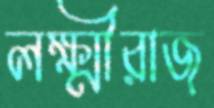
লক্ষ্মীরাজ